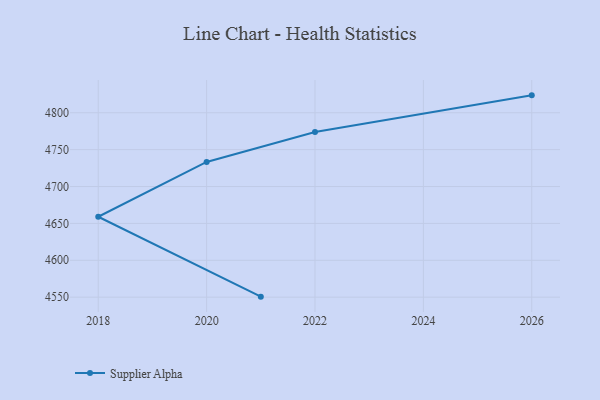
{"axis": {"x": "Year", "y": "Headcount"}, "legend": ["Supplier Alpha"], "data": [{"x": "2021", "y": 4550.7, "type": "Supplier Alpha"}, {"x": "2018", "y": 4659.0, "type": "Supplier Alpha"}, {"x": "2020", "y": 4733.3, "type": "Supplier Alpha"}, {"x": "2022", "y": 4773.9, "type": "Supplier Alpha"}, {"x": "2026", "y": 4823.6, "type": "Supplier Alpha"}]}